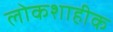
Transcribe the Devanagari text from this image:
लोकशाहीक